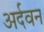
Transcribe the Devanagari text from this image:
अर्दवन